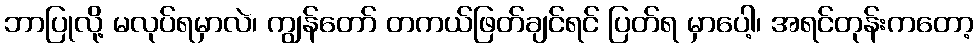
ဘာပြုလို့ မလုပ်ရမှာလဲ၊ ကျွန်တော် တကယ်ဖြတ်ချင်ရင် ပြတ်ရ မှာပေါ့၊ အရင်တုန်းကတော့